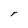
Character: r